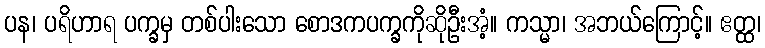
ပန၊ ပရိဟာရ ပက္ခမှ တစ်ပါးသော စောဒကပက္ခကိုဆိုဦးအံ့။ ကသ္မာ၊ အဘယ်ကြောင့်။ ဧတ္ထ၊